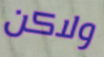
ولاكن